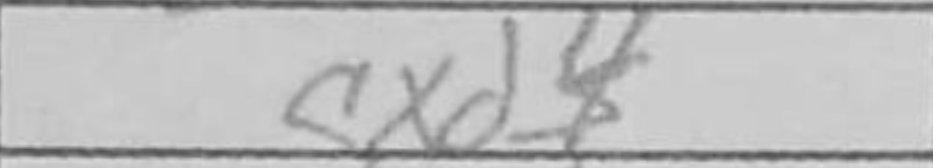
Transcription: cxd4